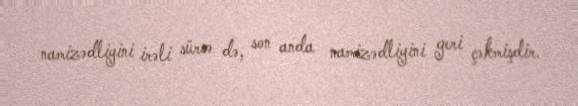
namizədliyini irəli sürsə də, son anda namizədliyini geri çəkmişdir.